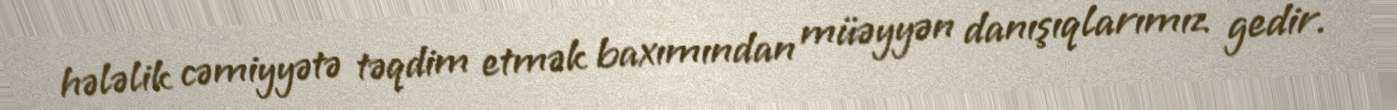
hələlik cəmiyyətə təqdim etmək baxımından müəyyən danışıqlarımız gedir.